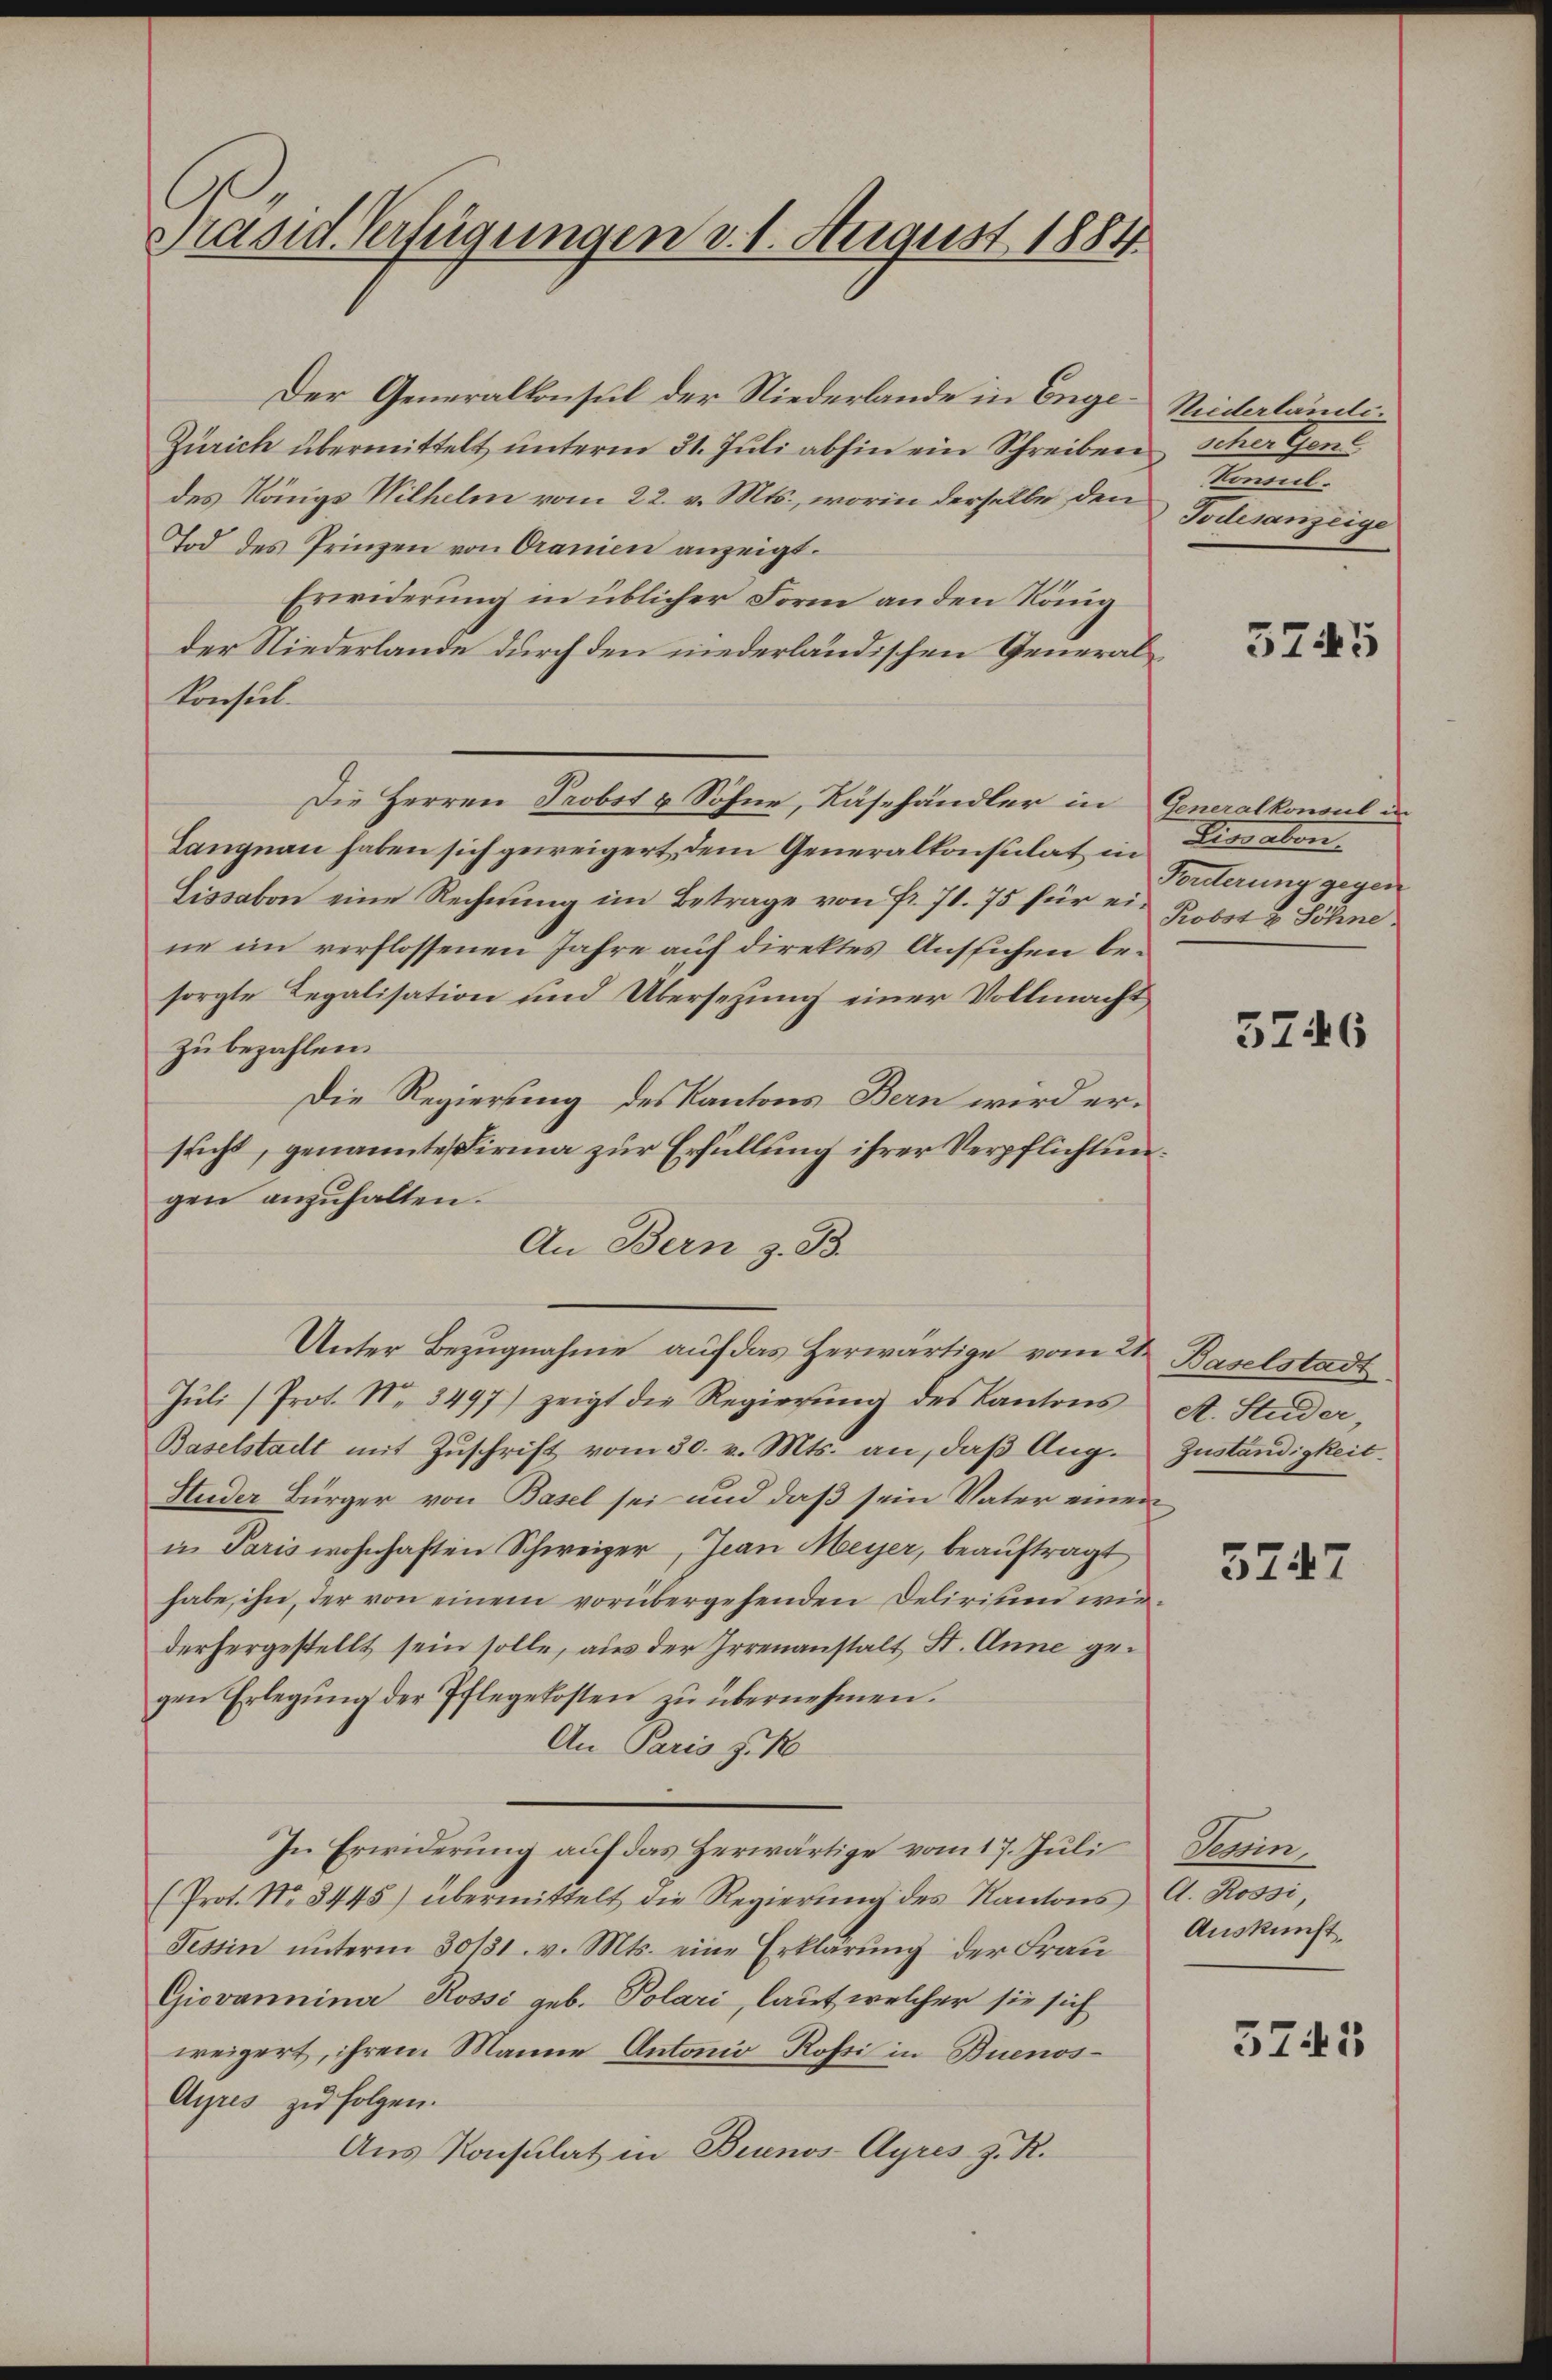
Präsid. Verfügungen d. 1. August 1884

Der Generalkonsul der Niederlande in Enge¬
Zürich übermittelt unterm 31. Jŭli abhin ein Schreiben scher Gene
des Königs Wilhelm vom 22. v. Mts., worin derselbe den
Tod des Prinzen von Oranien anzeigt.
Erwiderung in üblicher Form an den König
der Niederlande durch den niederländischen General¬
Konsul
Die Herren Probst & Söhne, Käshändler in Generalkonsul in
Langnau haben sich geweigert, dem Generalkonsulat in
Lissabon eine Rechnŭng im Betrage von Fr. 71. 75 für ei- Robot u Söhne
ne im verflossenen Jahre auf direktes Ansichen besorgte Legalisation und Übersetzung einer Vollmacht
zu bezahlen.
Die Regierung des Kantons Bern wird ersucht, genannte Firma zur Erfüllung ihrer Verpflichtungen anzuhalten.
An Bern z. B.
Unter Bezugnahme auf das Herwärtige vom 2ten Baselstadt
Jŭli (Prot. N. 3497) zeigt die Regierŭng des Kantons A. Studer,
Baselstadt mit Zuschrift vom 30. v. Mts. an, daß Aug. Zuständigkeit
Huder Bürger von Basel sei und daß sein Vater einen
in Paris wohnhaften Schweizer, Jean Meyer, beauftragt
habe, ihn, der von einem vorübergehenden Delirium wiederhergestellt sein solle, aus der Irrenanstalt St. Anne gegen Erlegŭng der Pflegekosten zŭ übernehmen.
An Paris zu
In Erwiderung auf das Herwärtige vom 17. Juli
(Prot. No 8445) übermittelt die Regierŭng des Kantons A. Rossi,
Tessin ŭnterm 30/31. v. Mts. eine Erklärŭng der Frau Auskunft
Giovannina Rossi geb. Polari, laut welcher sie sich
weigert, ihrem Manne Antonio Rossi in Buenos¬
Ayres zu folgen.
Aus Konsulat in Buenos-Ayres z. R.

Niederlände.
Konnel.
Todesanzeige

Sonn

5745

Disaben.
Forderung gegen

3746

5747

5745